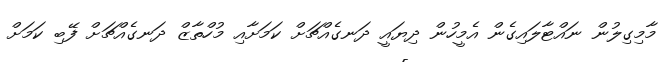
މާމިގިލުން ނައްޓާލައިގެން އެމީހުން ދިޔައީ ދަނގެއްޗަށް ކަމަށާއި މުހްތާޒް ދަނގެއްޗަށް ފޭބި ކަމަށް